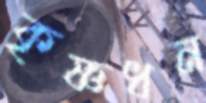
কৃষ্ণধন